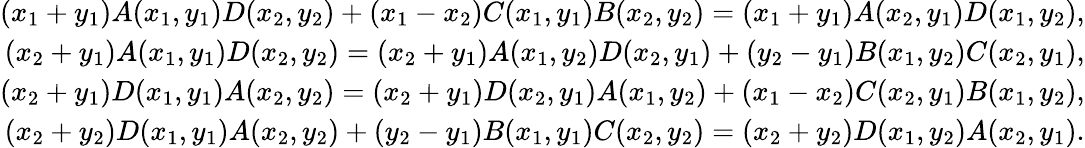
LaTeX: \begin{array}{r}{(x_{1}+y_{1})A(x_{1},y_{1})D(x_{2},y_{2})+(x_{1}-x_{2})C(x_{1},y_{1})B(x_{2},y_{2})=(x_{1}+y_{1})A(x_{2},y_{1})D(x_{1},y_{2}),}\\ {(x_{2}+y_{1})A(x_{1},y_{1})D(x_{2},y_{2})=(x_{2}+y_{1})A(x_{1},y_{2})D(x_{2},y_{1})+(y_{2}-y_{1})B(x_{1},y_{2})C(x_{2},y_{1}),}\\ {(x_{2}+y_{1})D(x_{1},y_{1})A(x_{2},y_{2})=(x_{2}+y_{1})D(x_{2},y_{1})A(x_{1},y_{2})+(x_{1}-x_{2})C(x_{2},y_{1})B(x_{1},y_{2}),}\\ {(x_{2}+y_{2})D(x_{1},y_{1})A(x_{2},y_{2})+(y_{2}-y_{1})B(x_{1},y_{1})C(x_{2},y_{2})=(x_{2}+y_{2})D(x_{1},y_{2})A(x_{2},y_{1}).}\end{array}